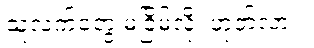
သူ့လက်တွေ မငြိမ်လို့၊ ဟုတ်လား။